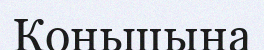
Коньшына